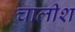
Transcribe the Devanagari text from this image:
चालीश